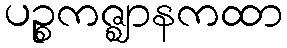
ပဉ္စကဇ္ဈာနကထာ